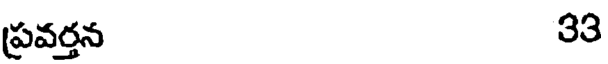
ప్రవర్తన 33